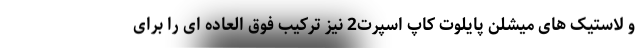
و لاستیک های میشلن پایلوت کاپ اسپرت2 نیز ترکیب فوق العاده ای را برای